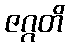
ဇဂ္ဂတိ